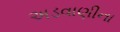
અડવાણીના